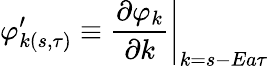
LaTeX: \varphi_{k(s,\tau)}^{\prime}\equiv\left.\frac{\partial\varphi_{k}}{\partial k}\right|_{k=s-Ea\tau}